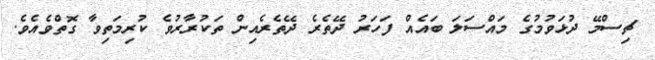
ޗިސްމޭ ދުޅަވުމުގެ މައްސަލަ ބައެއް ފަހަރު ދޭތެރެ ދޭތެރެއިން ތަކުރާރުވެ ކުރިމަތިވާ ގޮތްވެއެވެ.